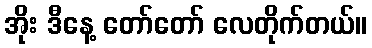
အိုး ဒီနေ့ တော်တော် လေတိုက်တယ်။